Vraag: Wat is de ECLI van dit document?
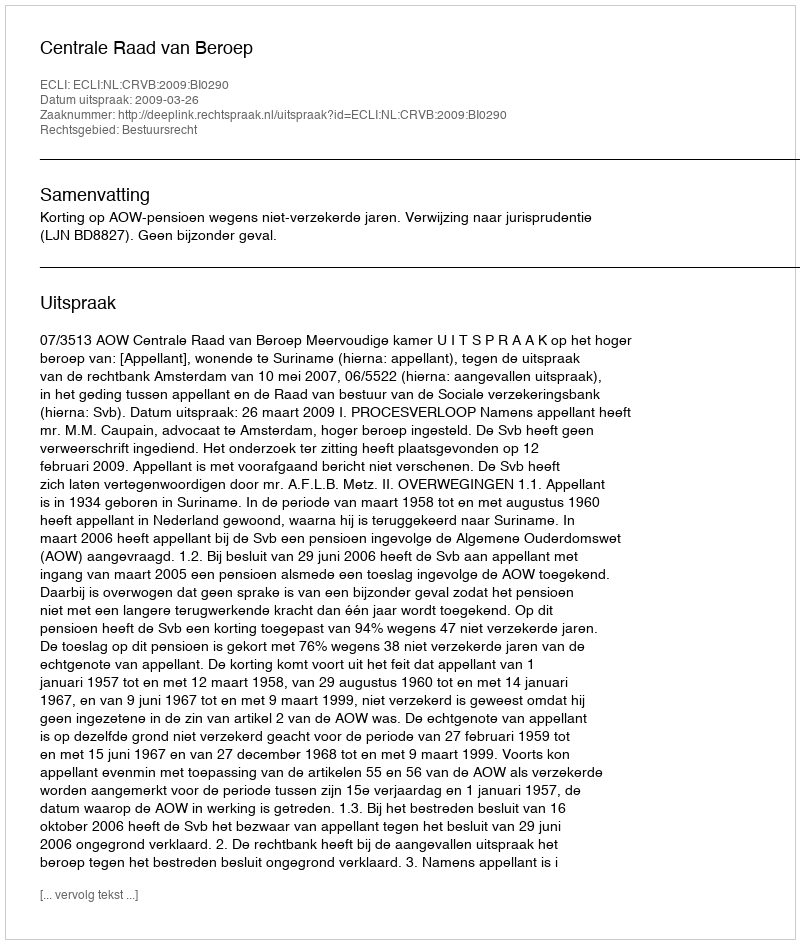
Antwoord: ECLI:NL:CRVB:2009:BI0290